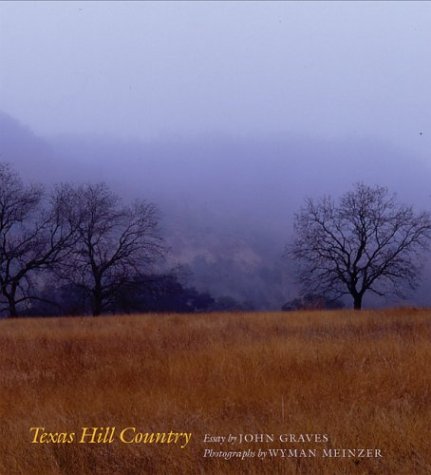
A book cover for Texas Hill Country; John Graves; Travel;